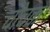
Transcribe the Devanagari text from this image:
चौचक